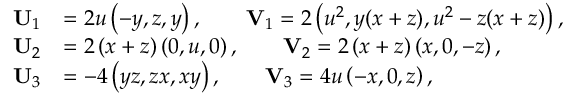
\begin{array} { r l } { \mathbf { U } _ { 1 } } & { = 2 u \left( - y , z , y \right) , \qquad \mathbf { V } _ { 1 } = 2 \left( u ^ { 2 } , y ( x + z ) , u ^ { 2 } - z ( x + z ) \right) , } \\ { \mathbf { U } _ { 2 } } & { = 2 \left( x + z \right) \left( 0 , u , 0 \right) , \qquad \mathbf { V } _ { 2 } = 2 \left( x + z \right) \left( x , 0 , - z \right) , } \\ { \mathbf { U } _ { 3 } } & { = - 4 \left( y z , z x , x y \right) , \qquad \mathbf { V } _ { 3 } = 4 u \left( - x , 0 , z \right) , } \end{array}